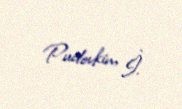
Pudovkin, İ.